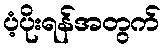
ပံ့ပိုးရန်အတွက်